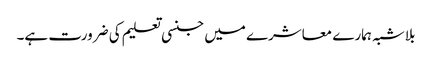
بلاشبہ ہمارے معاشرے میں جنسی تعلیم کی ضرورت ہے۔